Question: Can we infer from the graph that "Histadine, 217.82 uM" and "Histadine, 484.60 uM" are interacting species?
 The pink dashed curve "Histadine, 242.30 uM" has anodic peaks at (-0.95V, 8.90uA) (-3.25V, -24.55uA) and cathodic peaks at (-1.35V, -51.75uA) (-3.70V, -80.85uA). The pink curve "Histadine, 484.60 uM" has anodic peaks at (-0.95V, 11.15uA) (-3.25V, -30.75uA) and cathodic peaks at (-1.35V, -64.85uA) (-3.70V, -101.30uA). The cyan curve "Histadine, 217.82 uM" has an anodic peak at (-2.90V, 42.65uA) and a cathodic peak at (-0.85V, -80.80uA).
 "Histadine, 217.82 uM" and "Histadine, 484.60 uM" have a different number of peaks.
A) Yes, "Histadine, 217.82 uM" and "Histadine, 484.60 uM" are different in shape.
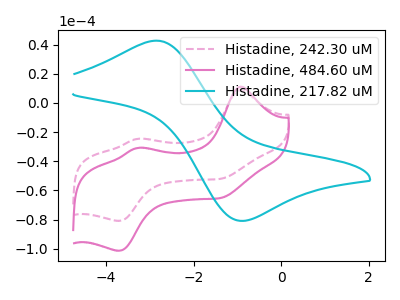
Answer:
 <answer>A) Yes, "Histadine, 217.82 uM" and "Histadine, 484.60 uM" are different in shape.</answer>
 <eval>A</eval>